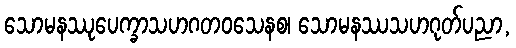
သောမနဿုပေက္ခာသဟဂတဝသေနစ၊ သောမနဿသဟဂုတ်ပညာ,